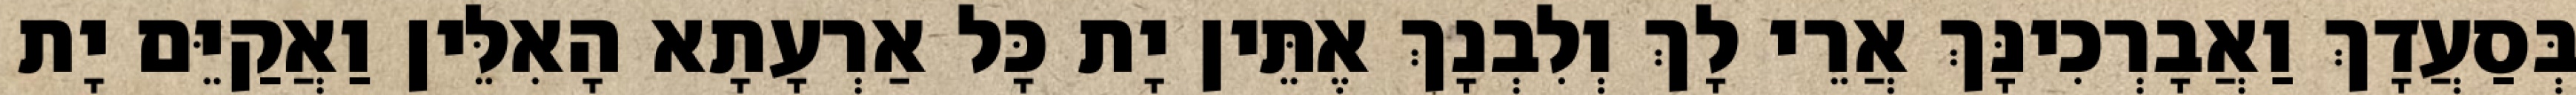
בְּסַעֲדָךְ וַאֲבָרְכִינָּךְ אֲרֵי לָךְ וְלִבְנָךְ אֶתֵּין יָת כָּל אַרְעָתָא הָאִלֵּין וַאֲקַיֵּם יָת